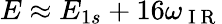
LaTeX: E\approx E_{1s}+16\omega_{\mathrm{~I~R~}}